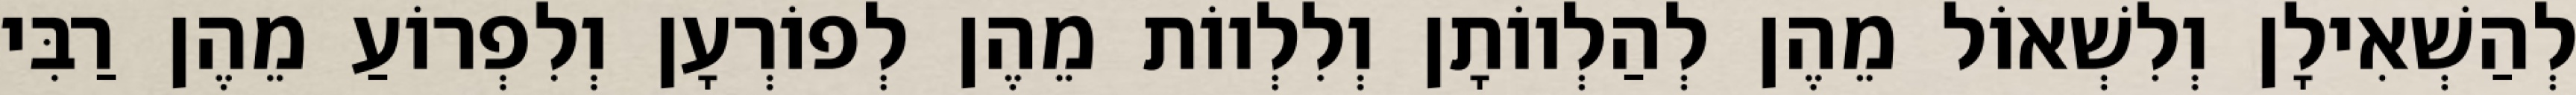
לְהַשְׁאִילָן וְלִשְׁאוֹל מֵהֶן לְהַלְווֹתָן וְלִלְווֹת מֵהֶן לְפוֹרְעָן וְלִפְרוֹעַ מֵהֶן רַבִּי